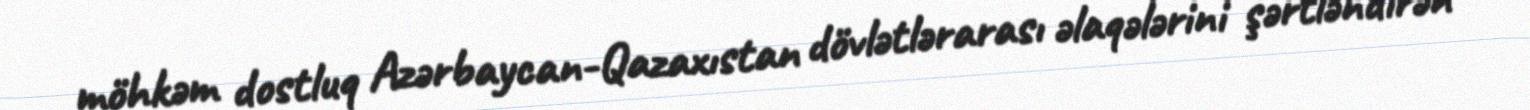
möhkəm dostluq Azərbaycan-Qazaxıstan dövlətlərarası əlaqələrini şərtləndirən